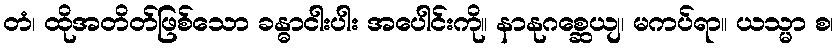
တံ၊ ထိုအတိတ်ဖြစ်သော ခန္ဓာငါးပါး အပေါင်းကို။ နာနုဂစ္ဆေယျ၊ မကပ်ရာ။ ယသ္မာ စ၊